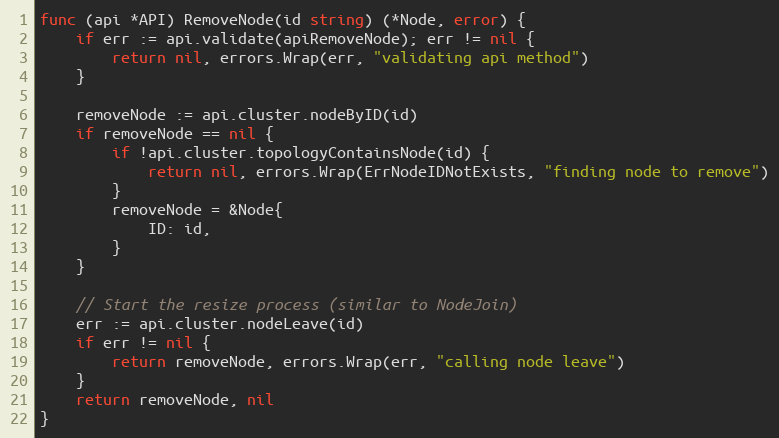
Language: Go
func (api *API) RemoveNode(id string) (*Node, error) {
	if err := api.validate(apiRemoveNode); err != nil {
		return nil, errors.Wrap(err, "validating api method")
	}

	removeNode := api.cluster.nodeByID(id)
	if removeNode == nil {
		if !api.cluster.topologyContainsNode(id) {
			return nil, errors.Wrap(ErrNodeIDNotExists, "finding node to remove")
		}
		removeNode = &Node{
			ID: id,
		}
	}

	// Start the resize process (similar to NodeJoin)
	err := api.cluster.nodeLeave(id)
	if err != nil {
		return removeNode, errors.Wrap(err, "calling node leave")
	}
	return removeNode, nil
}